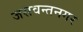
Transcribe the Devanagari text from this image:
जसवन्तनगर